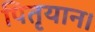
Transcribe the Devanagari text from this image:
पितृयान।